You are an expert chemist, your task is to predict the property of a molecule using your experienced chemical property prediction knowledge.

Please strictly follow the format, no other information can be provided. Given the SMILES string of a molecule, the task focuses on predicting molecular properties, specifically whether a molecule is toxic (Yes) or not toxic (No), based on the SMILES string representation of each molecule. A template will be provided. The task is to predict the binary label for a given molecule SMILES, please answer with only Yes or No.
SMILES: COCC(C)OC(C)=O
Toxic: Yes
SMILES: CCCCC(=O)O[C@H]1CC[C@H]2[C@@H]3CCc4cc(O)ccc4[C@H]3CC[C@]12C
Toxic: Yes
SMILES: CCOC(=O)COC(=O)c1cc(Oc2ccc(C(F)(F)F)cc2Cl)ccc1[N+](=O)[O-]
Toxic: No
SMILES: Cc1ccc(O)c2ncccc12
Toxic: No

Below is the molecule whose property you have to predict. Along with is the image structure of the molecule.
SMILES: CCCCC(CC)COC(=O)C=Cc1ccc(OC)cc1
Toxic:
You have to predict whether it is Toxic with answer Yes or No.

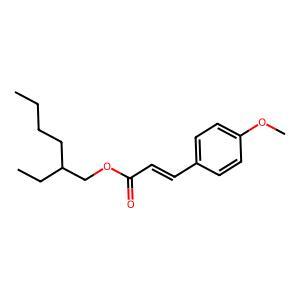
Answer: No